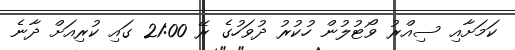
ކަމަށާއި ސިއްރު ވޯޓުލުން ހުކުރު ދުވަހުގެ ރޭ 21:00 ގައި ކުރިއަށް ދާނެ